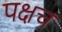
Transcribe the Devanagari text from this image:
पक्षच